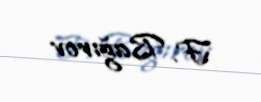
F. Bağırov